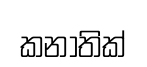
කනාතික්